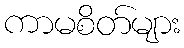
ကာမစိတ်များ